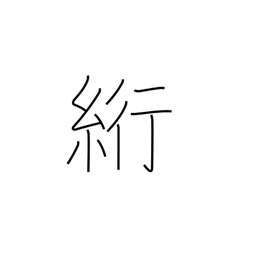
Meaning: blindstitch